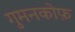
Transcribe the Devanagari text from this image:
गुमनकोफ़